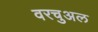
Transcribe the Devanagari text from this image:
वरचुअल